system: You are a helpful assistant.
user:
Analyze the provided spectrum to determine if it is a **White Dwarf (WD)**.

A White Dwarf spectrum is defined by its **extreme purity** (due to gravitational settling) and/or **extreme pressure broadening** (due to high surface gravity). You must check for one of the following mutually exclusive signatures:

- **Key Visual Indicators (Check for ONE of these types):**

    - **1. DA-Type Signature (Most Common):**
        - **(Primary Feature):** Extreme pressure broadening (Stark broadening) of the **Hydrogen (H) Balmer lines**.
        - **(Key Lines):** $H\beta$ (approx. $4861$ Å) and $H\gamma$ (approx. $4340$ Å). $H\alpha$ (approx. $6563$ Å) will also be present if the wavelength range covers it.
        - **(Line Profile):** This is the **defining feature**. The lines are **NOT** sharp. They appear as massive, **extremely broad and deep "troughs" or "dips"** in the spectrum, often hundreds of Ångströms wide. The continuum will appear to "scoop" down at these wavelengths.
        - **(Distinction):** Normal A-type or B-type stars have *narrow* and *sharp* Hydrogen lines. A DA White Dwarf's lines are unmistakably "smeared" or "blurry" from pressure.

    - **2. DB-Type Signature:**
        - **(Primary Feature):** Broad absorption lines from **Neutral Helium (He I)**. The spectrum must lack any visible Hydrogen lines.
        - **(Key Lines):** Look for broad absorption near $4471$ Å, $4921$ Å, and $5876$ Å.
        - **(Line Profile):** These lines are also significantly pressure-broadened, appearing much wider than they would in a normal B-type main-sequence star.

    - **3. DC-Type Signature:**
        - **(Primary Feature):** A **featureless continuous spectrum**.
        - **(Line Profile):** The spectrum is a smooth curve with **no significant absorption or emission lines**.
        - **(Key Confirmation):** The continuum is almost always **blue or white**, indicating a hot object. This signature implies the atmosphere is so pure (or so cool) that no spectral lines are visible in the optical range. Its WD identity is confirmed by its extremely low intrinsic brightness (high absolute magnitude).

    - **4. DZ-Type Signature (Metal-Polluted):**
        - **(Primary Feature):** **Isolated, narrow metal absorption lines** on an otherwise featureless (DC-like) continuum.
        - **(Key Lines):** The **Calcium (Ca II) H & K doublet** (approx. **$3934$ Å** and **$3968$ Å**) is the most common and defining feature.
        - **(Line Profile):** These lines are "out of place." They are *not* part of a "forest" of thousands of lines. This signature is evidence of recent *accretion* (pollution) from rocky debris.
        - **(Distinction):** Normal G/K/M stars have a *dense forest* of thousands of metal lines. A DZ has a *clean* continuum with *only a few* strong metal lines.

    - **5. DQ-Type Signature (Carbon-Polluted):**
        - **(Primary Feature):** Absorption bands from **Carbon (C₂ "Swan Bands" or atomic C I)**.
        - **(Key Lines - C₂):** Look for bandheads with a "saw-tooth" shape near $5635$ Å, **$5165$ Å** (strongest), and $4737$ Å.
        - **(Key Confirmation):** The underlying **continuum must be blue or white** (hot).
        - **(Distinction):** This is the critical difference from a **Carbon Star**, which has the *exact same* C₂ bands but on an extremely **red, cool** continuum.

- **(Overall Spectrum):**
    - The continuum (overall shape) is typically **blue-sloping** (brighter in the blue than the red), as most white dwarfs are very hot.
    - The spectrum will look "pure" or "simple," dominated by only *one* of the five signatures listed above.

Think first, call **spectral_visualization_tool** if needed to examine features in detail, then provide your final answer. Your response must adhere to the following strict rules:
1.  **Overall Structure:** Your response must follow the format `<think>...</think> <tool_call>...</tool_call> (if a tool is used) <answer>...</answer>`.
2.  **Tool Usage Constraint:** You may only make **one** tool call per turn.
3.  **Final Answer Format:** In the `<answer>` tag, your conclusion must be inside a `\boxed{}` command (e.g., `\boxed{YES}` or `\boxed{NO}`), followed by your justification.

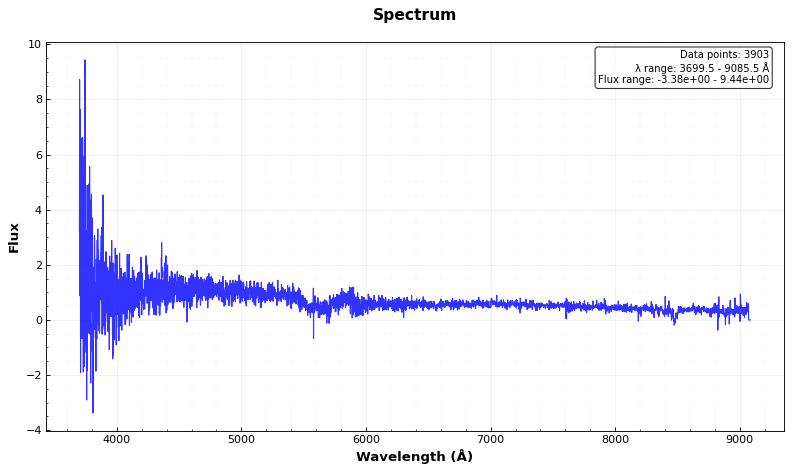
Answer: NO